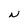
Character: N